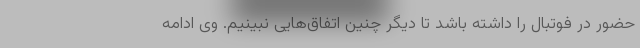
حضور در فوتبال را داشته باشد تا دیگر چنین اتفاق‌هایی نبینیم. وی ادامه